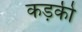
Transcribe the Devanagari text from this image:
कड़की